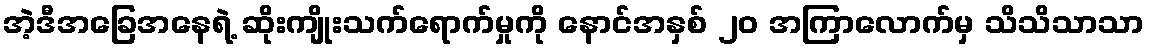
အဲ့ဒီအခြေအနေရဲ့ ဆိုးကျိုးသက်ရောက်မှုကို နောင်အနှစ် ၂၀ အကြာလောက်မှ သိသိသာသာ